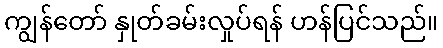
ကျွန်တော် နှုတ်ခမ်းလှုပ်ရန် ဟန်ပြင်သည်။